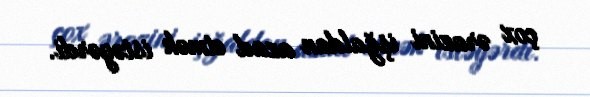
çox ərazini işğaldan azad etmək istəyərdi.